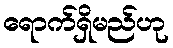
ရောက်ရှိမည်ဟု